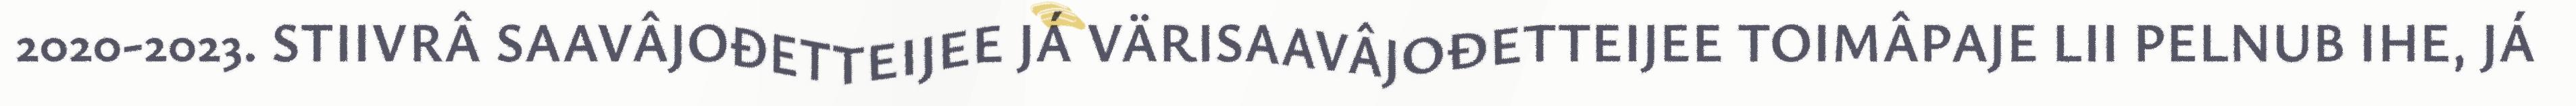
2020-2023. STIIVRÂ SAAVÂJOĐETTEIJEE JÁ VÄRISAAVÂJOĐETTEIJEE TOIMÂPAJE LII PELNUB IHE, JÁ